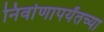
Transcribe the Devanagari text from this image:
निर्वाणापर्यंतच्या